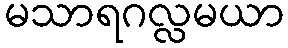
မသာရဂလ္လမယာ